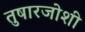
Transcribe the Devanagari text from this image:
तुषारजोशी